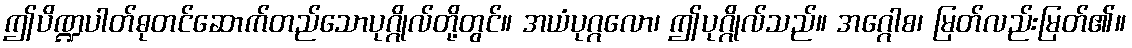
ဤပိဏ္ဍပါတ်ဓုတင်ဆောက်တည်သောပုဂ္ဂိုလ်တို့တွင်။ အယံပုဂ္ဂလော၊ ဤပုဂ္ဂိုလ်သည်။ အဂ္ဂေါစ၊ မြတ်လည်းမြတ်၏။